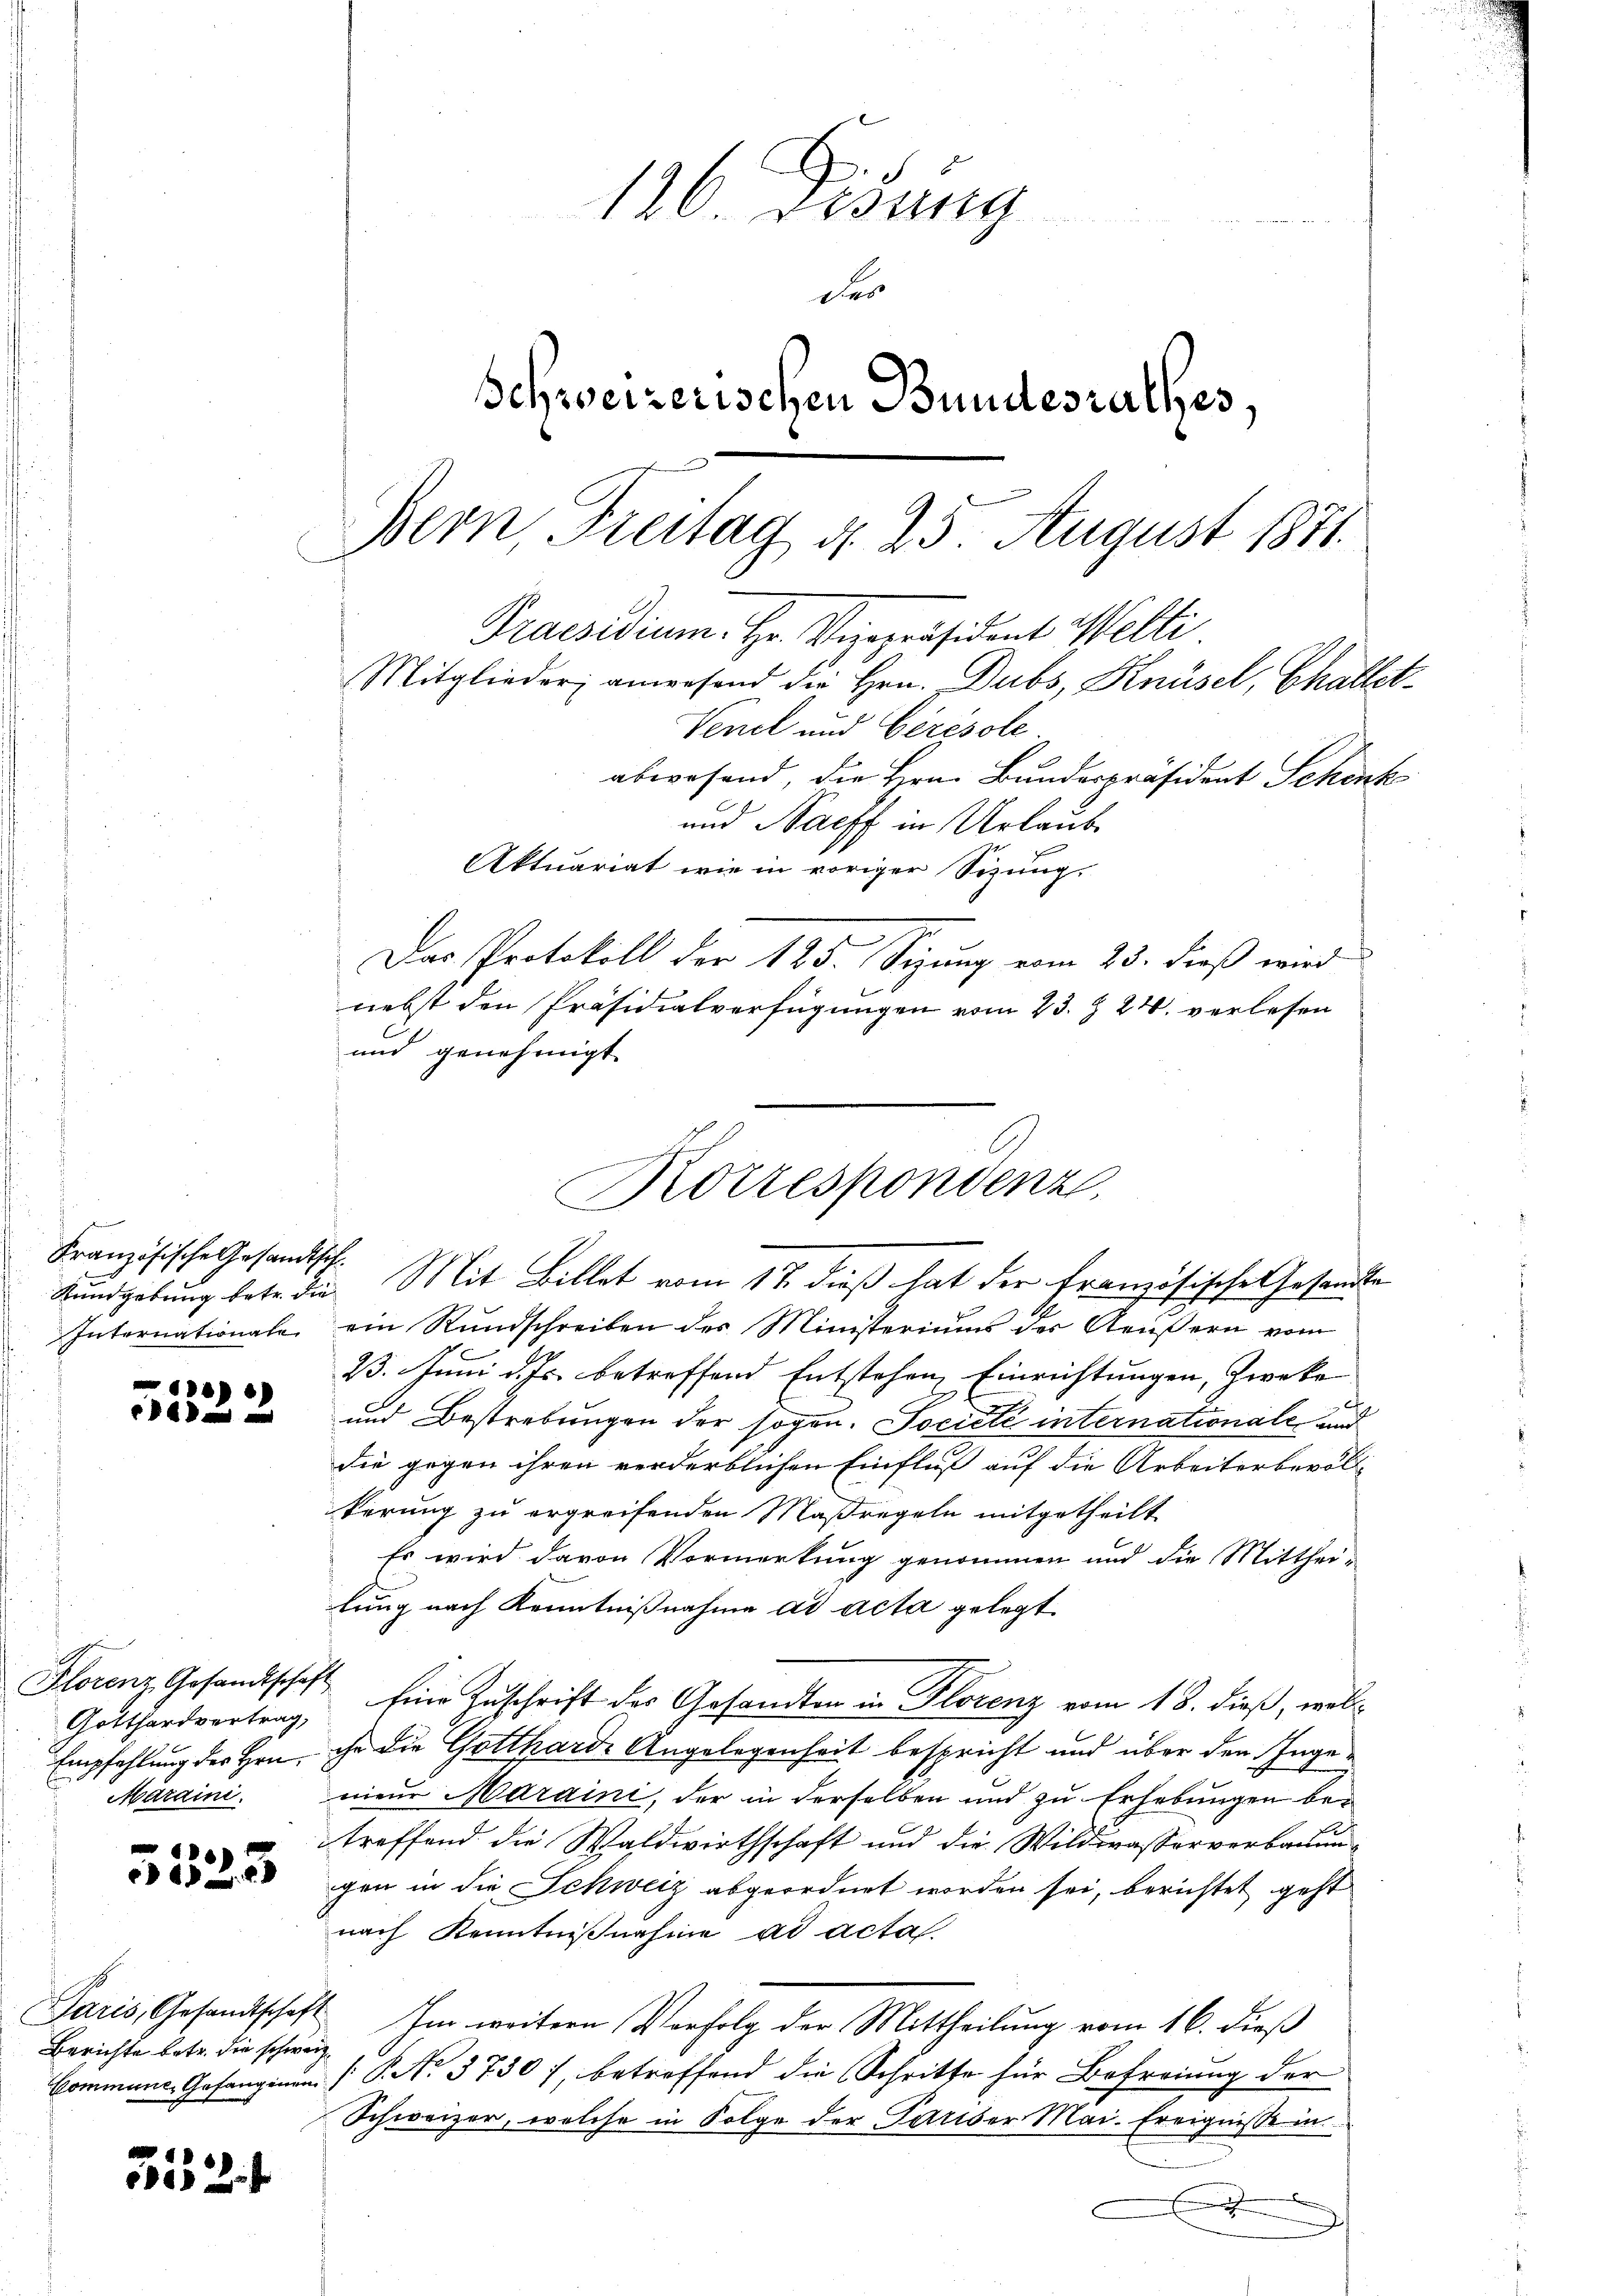
Französische Gesandtsch
Rundgebung betr. die
Internationale

)
EA

Florenz Gesandtschaft
Gotthardvertrag,
Empfehlung des Hrn.
Maraini.

5523

Paris, Gesandtschaf
Berichte betr. die schwei¬
Commune, Gefangenen

5552

186. Didung
Schweizerischen Bundesrathes,
Bern Freitag d. 23. August 1871.
Praesidium. Hr. Ververäsident Welti
Mitglieder anwesend die Hrn. Dubs, Knüsel, Challet¬
Venel und Geresole

abwesend, die Hrn. Bundespräsident Schink
und Naeff in Urlaube
Aktuariat wie in voriger Sizung.
Das Protokoll der 125. Sezung vom 25. dieß wird
nebst den Präsidialverfügungen vom 23. § 24. verlesen
und genehmigt
I. Mit Billet vom 17. dieß hat der französische Gesandte
ein Rundschreiben des Ministerium der Aeußern vom
23. Juni d. Js. betreffend Entstehen Einrichtungen, Zweke
und Bestrebungen der sogen. Société internationale und
die gegen ihren verderblichen Einfluß auf die Arbeiterberal-
kerung zu ergreifenden Maßregeln mitgetheilt
Es wird davon Vormerkung genommen und die Mitthei-
lung nach Kenntnißnahme ad acta gelegt
Eine Zuschrift des Gesandten in Florenz vom 18. dieß, wollihr die Gottharde Angelegenheit bespricht und über den Ingeneur Maraini, der in derselben und zu Erhebungen betreffend die Waldwirthschaft und die Wildwasserverbauun
gen in die Schweiz abgeordnet worden sei, berichtet geht
nach Kenntnißnahme ad actas.
Im weitern Verfolg der Mittheilung vom 16. dieß
[No. 3730), betreffend die Schritte für Befreiung der
Schweizer, welche in Folge der Pariser Mai. Ereignisse in
e
x
x

Korrespondenz.

des